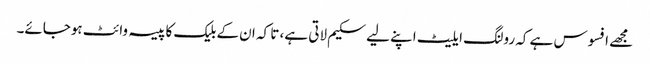
مجھے افسوس ہے کہ رولنگ ایلیٹ اپنے لیے سکیم لاتی ہے، تا کہ ان کے بلیک کا پیسہ وائٹ ہوجائے۔